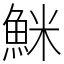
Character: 䱊